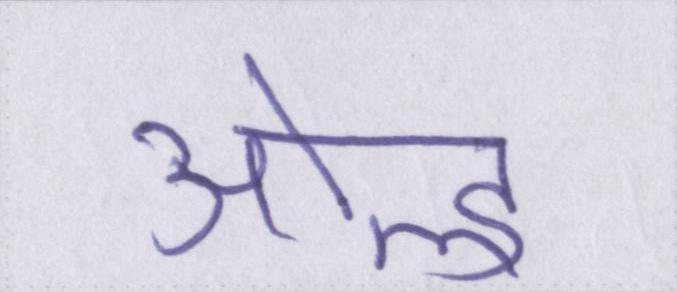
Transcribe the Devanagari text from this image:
ओल्ड